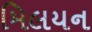
મિલયન